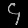
Digit: ၄